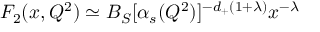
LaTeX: F _ { 2 } ( x , Q ^ { 2 } ) \simeq B _ { S } [ \alpha _ { s } ( Q ^ { 2 } ) ] ^ { - d _ { + } ( 1 + \lambda ) } x ^ { - \lambda }